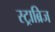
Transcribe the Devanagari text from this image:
स्ट्राब्रिज